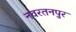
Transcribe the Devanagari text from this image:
नवरतनपुर